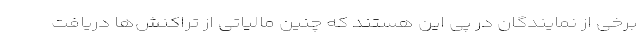
برخی از نمایندگان در پی این هستند که چنین مالیاتی از تراکنش‌ها دریافت